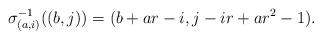
LaTeX: \begin{align*}\sigma_{(a,i)}^{-1}( (b,j))=(b+ar-i,j-ir+ar^2-1).\end{align*}